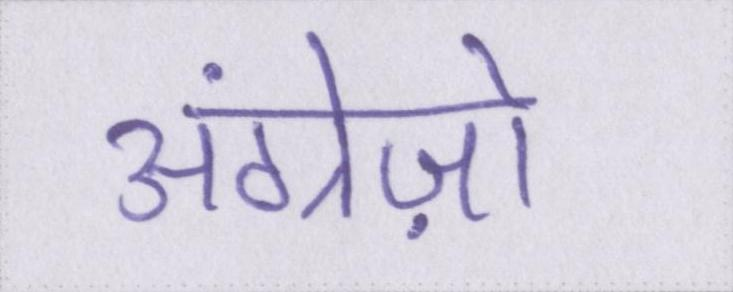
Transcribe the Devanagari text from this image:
अंग्रेज़ो